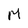
Character: M